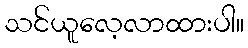
သင်ယူလေ့လာထားပါ။